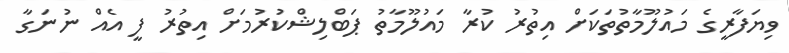
ވިޔަފާރީގެ މައުލޫމާތުތަކަށް އިތުރު ކުރާ މައުލޫމާތު ޕަބްލިޝްކުރުމަށް އިތުރު ފީ އެއް ނުނަގާ